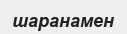
шаранамен